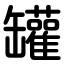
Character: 罐